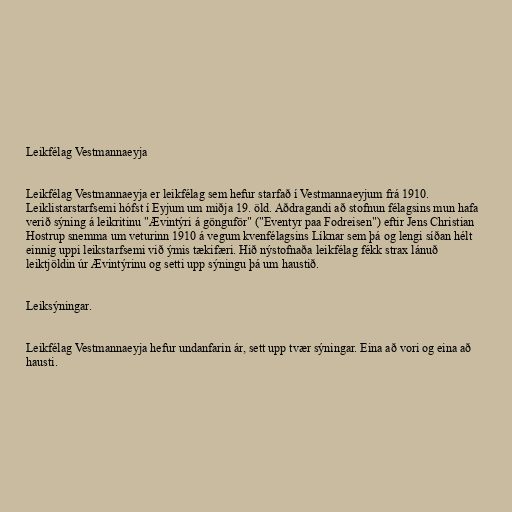
Leikfélag Vestmannaeyja

Leikfélag Vestmannaeyja er leikfélag sem hefur starfað í Vestmannaeyjum frá 1910.
Leiklistarstarfsemi hófst í Eyjum um miðja 19. öld. Aðdragandi að stofnun félagsins mun hafa
verið sýning á leikritinu "Ævintýri á gönguför" ("Eventyr paa Fodreisen") eftir Jens Christian
Hostrup snemma um veturinn 1910 á vegum kvenfélagsins Líknar sem þá og lengi síðan hélt
einnig uppi leikstarfsemi við ýmis tækifæri. Hið nýstofnaða leikfélag fékk strax lánuð
leiktjöldin úr Ævintýrinu og setti upp sýningu þá um haustið.

Leiksýningar.

Leikfélag Vestmannaeyja hefur undanfarin ár, sett upp tvær sýningar. Eina að vori og eina að
hausti.